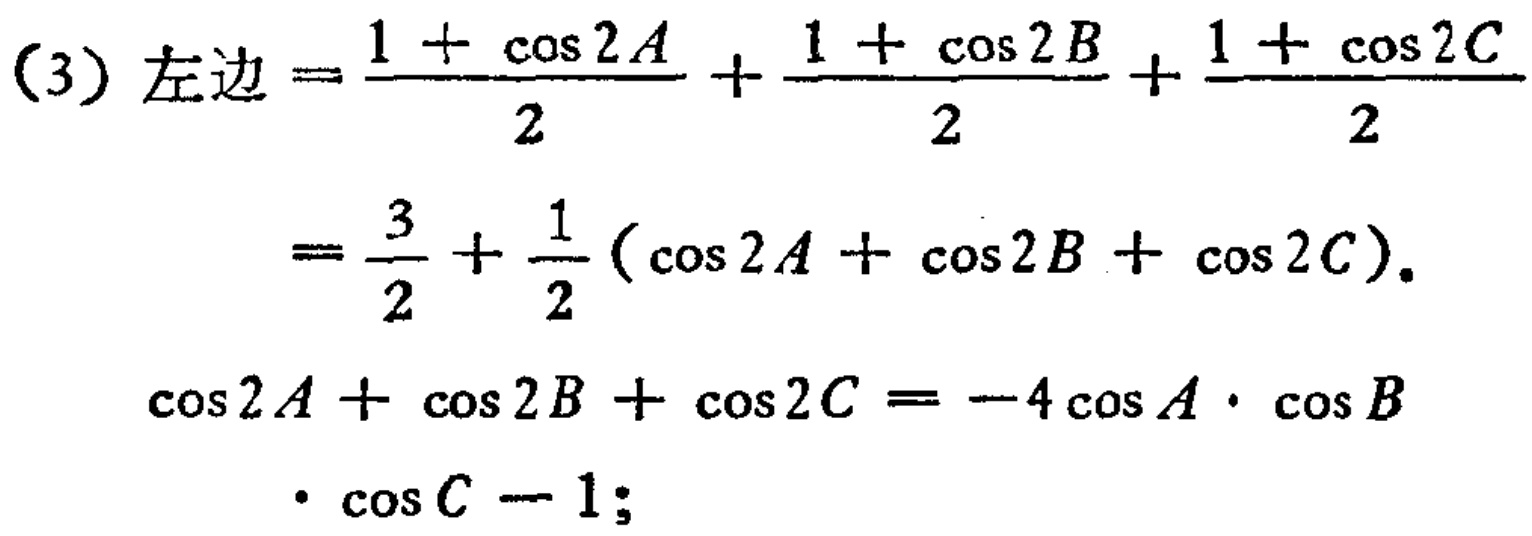
\begin{align*}

(3)\text{ 左边}&=\frac{1 + \cos 2A}{2}+\frac{1 + \cos 2B}{2}+\frac{1 + \cos 2C}{2}\\

&=\frac{3}{2}+\frac{1}{2}(\cos 2A+\cos 2B+\cos 2C).\\

\cos 2A+\cos 2B+\cos 2C&=-4\cos A\cdot\cos B\\

&\cdot\cos C - 1;

\end{align*}